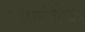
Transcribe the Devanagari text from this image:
रक्षकांसोबत